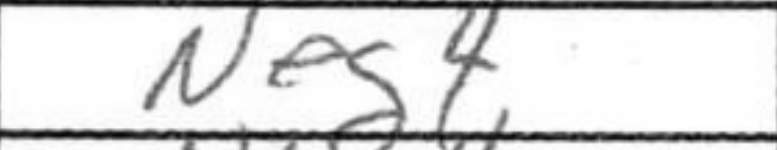
Transcription: Neg4